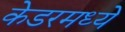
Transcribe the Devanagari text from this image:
केडरमध्ये